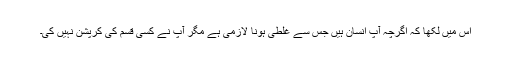
اس میں لکھا کہ اگرچہ آپ انسان ہیں جس سے غلطی ہونا لازمی ہے مگر آپ نے کسی قسم کی کرپشن نہیں کی۔